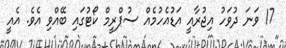
17 ވަނަ ދުވަހު އިޖުރާއީ އަޑުއެހުމެއް ސުޕްރީމް ކޯޓުގައި ބޭއްވި އެވެ. އެއީ